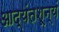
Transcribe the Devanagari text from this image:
आद्यंतशून्यं